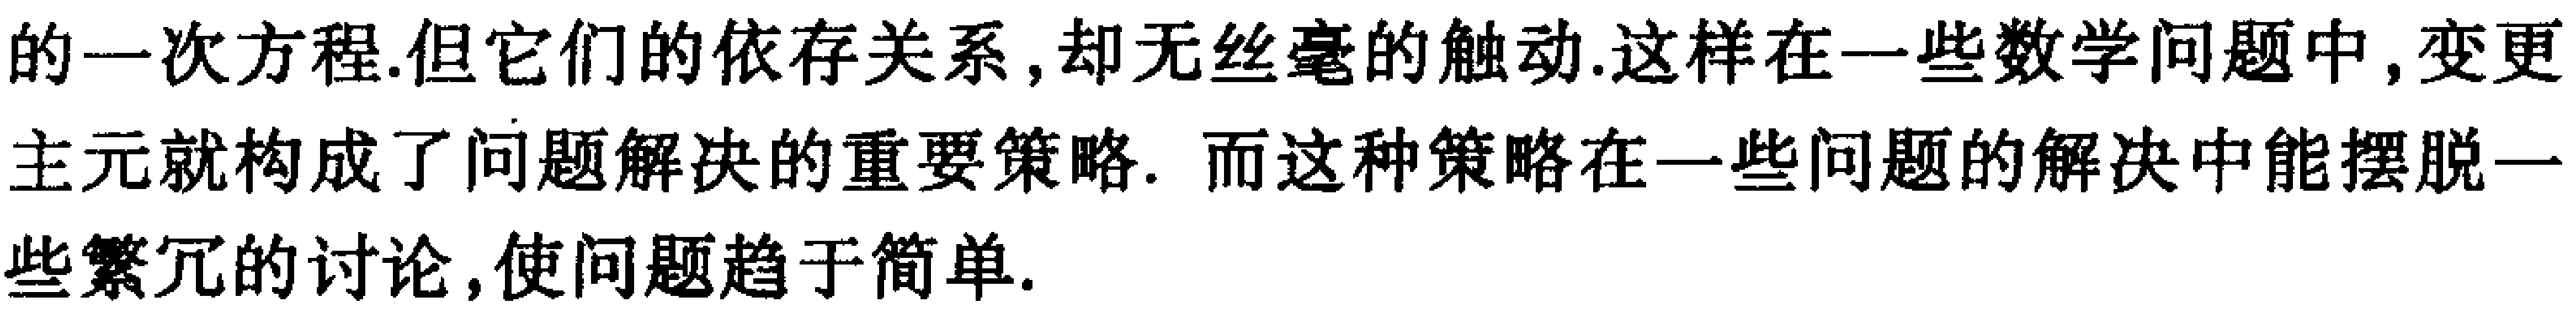
的一次方程.但它们的依存关系,却无丝毫的触动.这样在一些数学问题中,变更主元就构成了问题解决的重要策略. 而这种策略在一些问题的解决中能摆脱一些繁冗的讨论,使问题趋于简单.